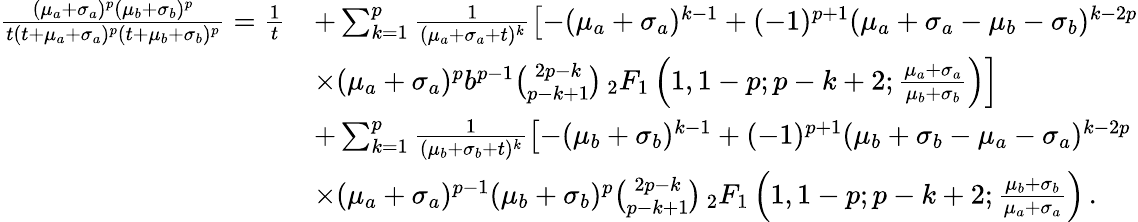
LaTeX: \begin{array}{rl}{\frac{(\mu_{a}+\sigma_{a})^{p}(\mu_{b}+\sigma_{b})^{p}}{t(t+\mu_{a}+\sigma_{a})^{p}(t+\mu_{b}+\sigma_{b})^{p}}=\frac{1}{t}}&{+\sum_{k=1}^{p}\frac{1}{(\mu_{a}+\sigma_{a}+t)^{k}}\left[-(\mu_{a}+\sigma_{a})^{k-1}+(-1)^{p+1}(\mu_{a}+\sigma_{a}-\mu_{b}-\sigma_{b})^{k-2p}\right.}\\ &{\left.\times(\mu_{a}+\sigma_{a})^{p}b^{p-1}\binom{2p-k}{p-k+1}\, _{2}F_{1}\left(1,1-p;p-k+2;\frac{\mu_{a}+\sigma_{a}}{\mu_{b}+\sigma_{b}}\right)\right]}\\ &{+\sum_{k=1}^{p}\frac{1}{(\mu_{b}+\sigma_{b}+t)^{k}}\left[-(\mu_{b}+\sigma_{b})^{k-1}+(-1)^{p+1}(\mu_{b}+\sigma_{b}-\mu_{a}-\sigma_{a})^{k-2p}\right.}\\ &{\left.\times(\mu_{a}+\sigma_{a})^{p-1}(\mu_{b}+\sigma_{b})^{p}\binom{2p-k}{p-k+1}\, _{2}F_{1}\left(1,1-p;p-k+2;\frac{\mu_{b}+\sigma_{b}}{\mu_{a}+\sigma_{a}}\right)\right.\, .}\end{array}